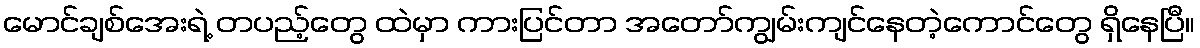
မောင်ချစ်အေးရဲ့ တပည့်တွေ ထဲမှာ ကားပြင်တာ အတော်ကျွမ်းကျင်နေတဲ့ကောင်တွေ ရှိနေပြီ။